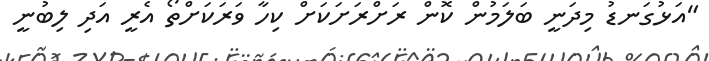
"އަޅުގަނޑު މިދަނީ ބަލަމުން ކޮން ރަށްރަށަކަށް ކިހާ ވަރަކަށްތޯ އެރީ އަދި ލިބުނީ